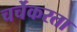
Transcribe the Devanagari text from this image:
चर्चेकरता